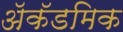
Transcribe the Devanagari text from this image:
ॲकॅडमिक